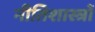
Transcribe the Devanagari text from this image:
नीतिशास्त्रों